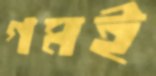
গমই